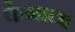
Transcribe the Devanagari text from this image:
कैनाल।